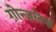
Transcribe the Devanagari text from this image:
ग़ोन्ज़लेज़